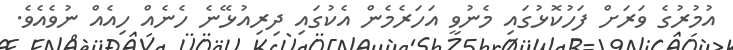
އުމުރުގެ ވަރަށް ފަހުކޮޅުގައި މެނުވީ އަހަރެމެން އެކުގައި ދިރިއުޅޭނެ ހެނެއް ހިއެއް ނުވެއެވެ.